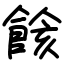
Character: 餩